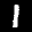
Label: 1